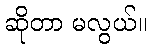
ဆိုတာ မလွယ်။